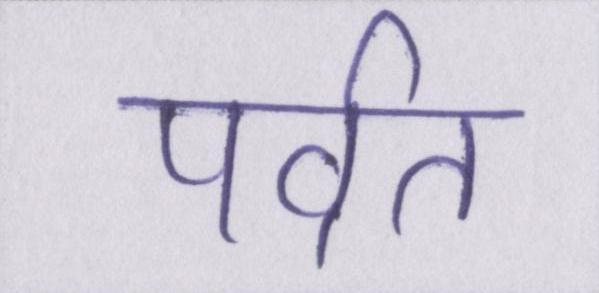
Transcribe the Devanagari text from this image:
पर्वत